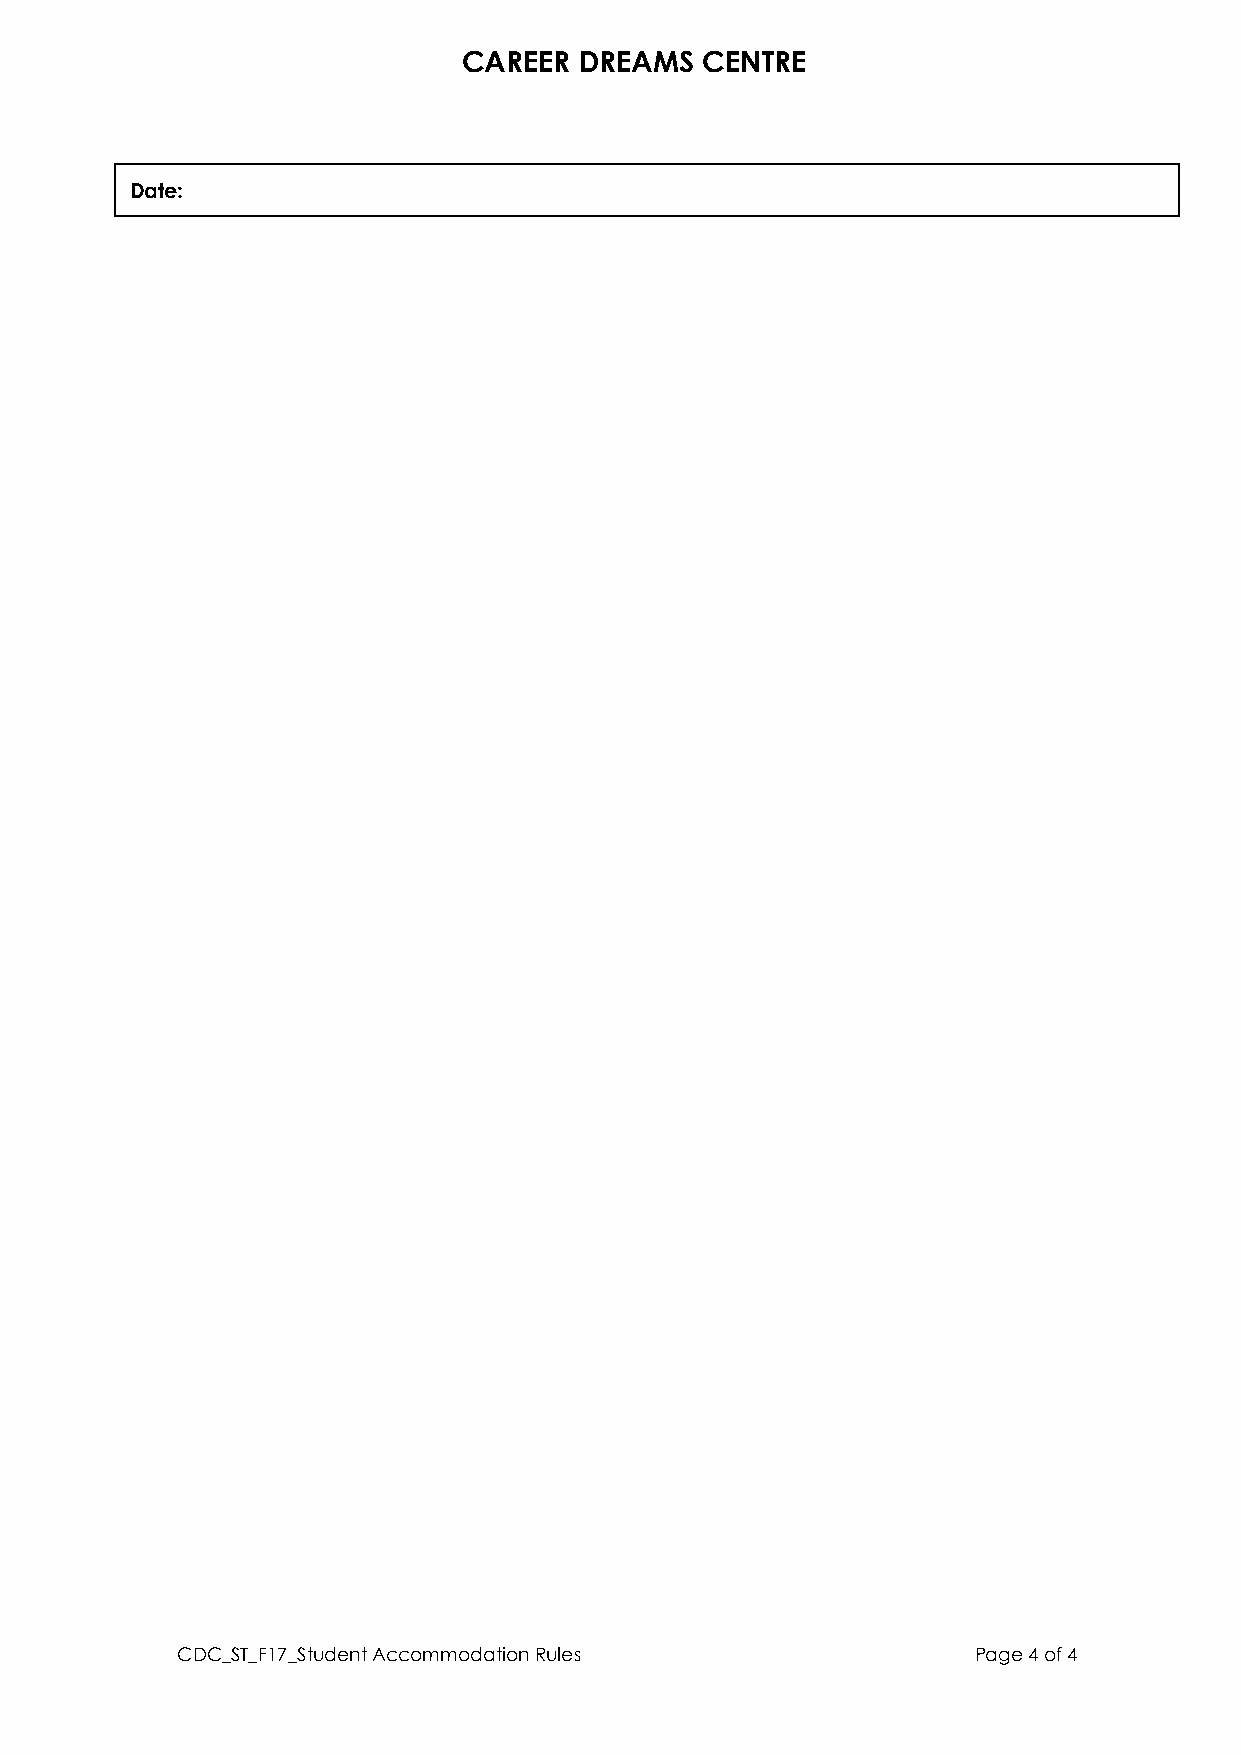
CAREER DREAMS  CENTRE
 Date:
 CDC_ST_F17_Student Accommodation Rules              Page 4 of 4